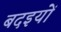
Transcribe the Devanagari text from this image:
बदइयों